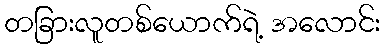
တခြားလူတစ်ယောက်ရဲ့ အလောင်း